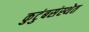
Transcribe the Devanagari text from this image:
कुटुंबसंस्थेत